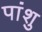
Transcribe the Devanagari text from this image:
पांशु